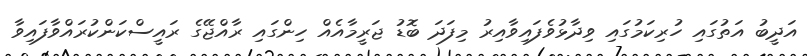
އަދީބު އަތުގައި ހުރިކަމުގައި ވިދާޅުވެފައިވާއިރު މިފަދަ ބޮޑު ޖަރީމާއެއް ހިންގައި ރާއްޖޭގެ ރައީސްކަންކުރައްވާފައިވާ